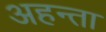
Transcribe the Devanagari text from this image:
अहन्ता